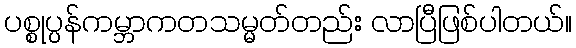
ပစ္စုပ္ပန်ကမ္ဘာကတသမ္မတ်တည်း လာပြီဖြစ်ပါတယ်။